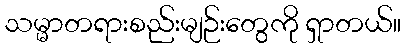
သမ္မာတရားစည်းမျဉ်းတွေကို ရှာတယ်။